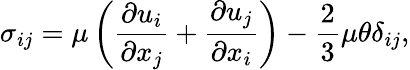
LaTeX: \sigma_{ij}=\mu\left(\frac{\partial u_{i}}{\partial x_{j}}+\frac{\partial u_{j}}{\partial x_{i}}\right)-\frac{2}{3}\mu\theta\delta_{ij},